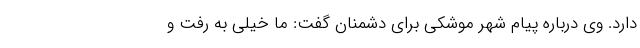
دارد. وی درباره پیام شهر موشکی برای دشمنان گفت: ما خیلی به رفت و